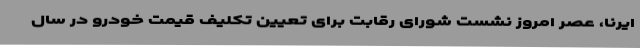
ایرنا، عصر امروز نشست شورای رقابت برای تعیین تکلیف قیمت خودرو در سال